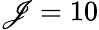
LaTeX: \mathscr{J}=10